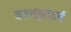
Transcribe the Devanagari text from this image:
बसवन्नावर्ष